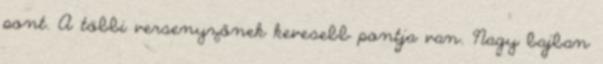
pont. A többi versenyzőnek kevesebb pontja van. Nagy bajban